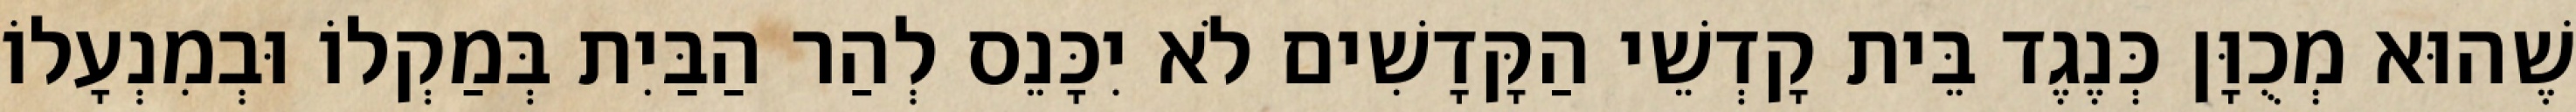
שֶׁהוּא מְכֻוָּן כְּנֶגֶד בֵּית קָדְשֵׁי הַקָּדָשִׁים לֹא יִכָּנֵס לְהַר הַבַּיִת בְּמַקְלוֹ וּבְמִנְעָלוֹ